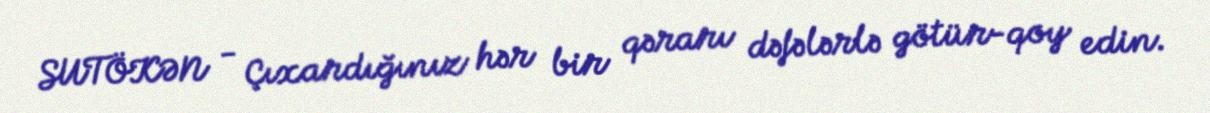
SUTÖKƏN - Çıxardığınız hər bir qərarı dəfələrlə götür-qoy edin.